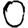
Digit: 0